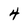
Character: 4